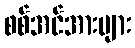
စစ်အင်အားများ